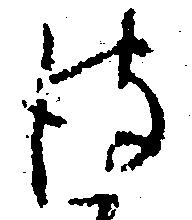
彼